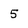
Character: 5